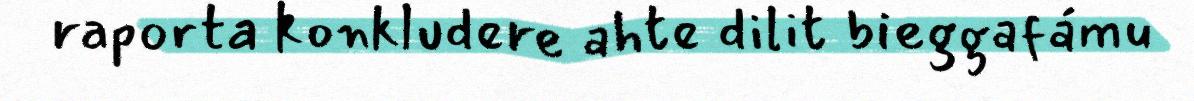
raporta konkludere ahte dilit bieggafámu